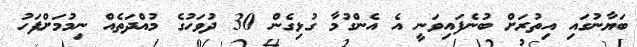
ބަޔާނުގައި އިތުރަށް ބުނެފައިވަނީ އެ އެންގުމާ ގުޅިގެން 30 ދުވަހުގެ މުއްދަތެއް ނިމުމަށްފަހު